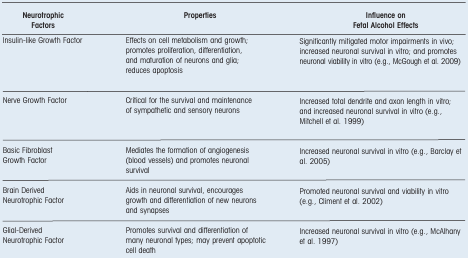
| Neurotrophic Factors | Properties | Influence on Fetal Alcohol Effects |
 | --- | --- | --- |
 | Insulin-like Growth Factor | Effects on cell metabolism and growth; promotes proliferation, differentiation, and maturation of neurons and glia; reduces apoptosis | Significantly mitigated motor impairments in vivo; increased neuronal survival in vitro; and promotes neuronal viability in vitro (e.g., McGough et al. 2009) |
 | Nerve Growth Factor | Critical for the survival and maintenance of sympathetic and sensory neurons | Increased total dendrite and axon length in vitro; and increased neuronal survival in vitro (e.g., Mitchell et al. 1999) |
 | Basic Fibroblast Growth Factor | Mediates the formation of angiogenesis (blood vessels) and promotes neuronal survival | Increased neuronal survival in vitro (e.g., Barclay et al. 2005) |
 | Brain Derived Neurotrophic Factor | Aids in neuronal survival, encourages growth and differentiation of new neurons and synapses | Promoted neuronal survival and viability in vitro (e.g., Climent et al. 2002) |
 | Glial-Derived Neurotrophic Factor | Promotes survival and differentiation of many neuronal types; may prevent apoptotic cell death | Increased neuronal survival in vitro (e.g., McAlhany et al. 1997) |